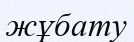
жұбату